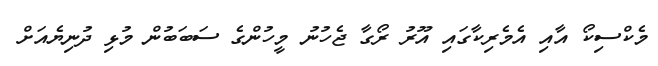
މެކްސިކޯ އާއި އެމެރިކާގައި އޫރު ރޯގާ ޖެހުނު މީހުންގެ ސަބަބުން މުޅި ދުނިޔެއަށް